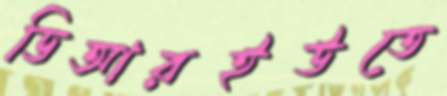
ডিআরইউতে